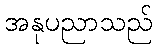
အနုပညာသည်